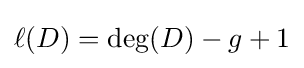
\ell (D)=\deg(D)-g+1